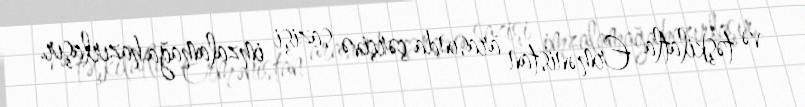
və təşkilatla Ermənistan arasında çərçivə sazişi imzalamağa hazırlaşır.